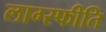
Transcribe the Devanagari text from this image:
लाग्स्फीति